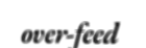
over-feed